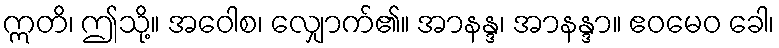
ဣတိ၊ ဤသို့။ အဝေါစ၊ လျှောက်၏။ အာနန္ဒ၊ အာနန္ဒာ။ ဧဝမေဝ ခေါ၊